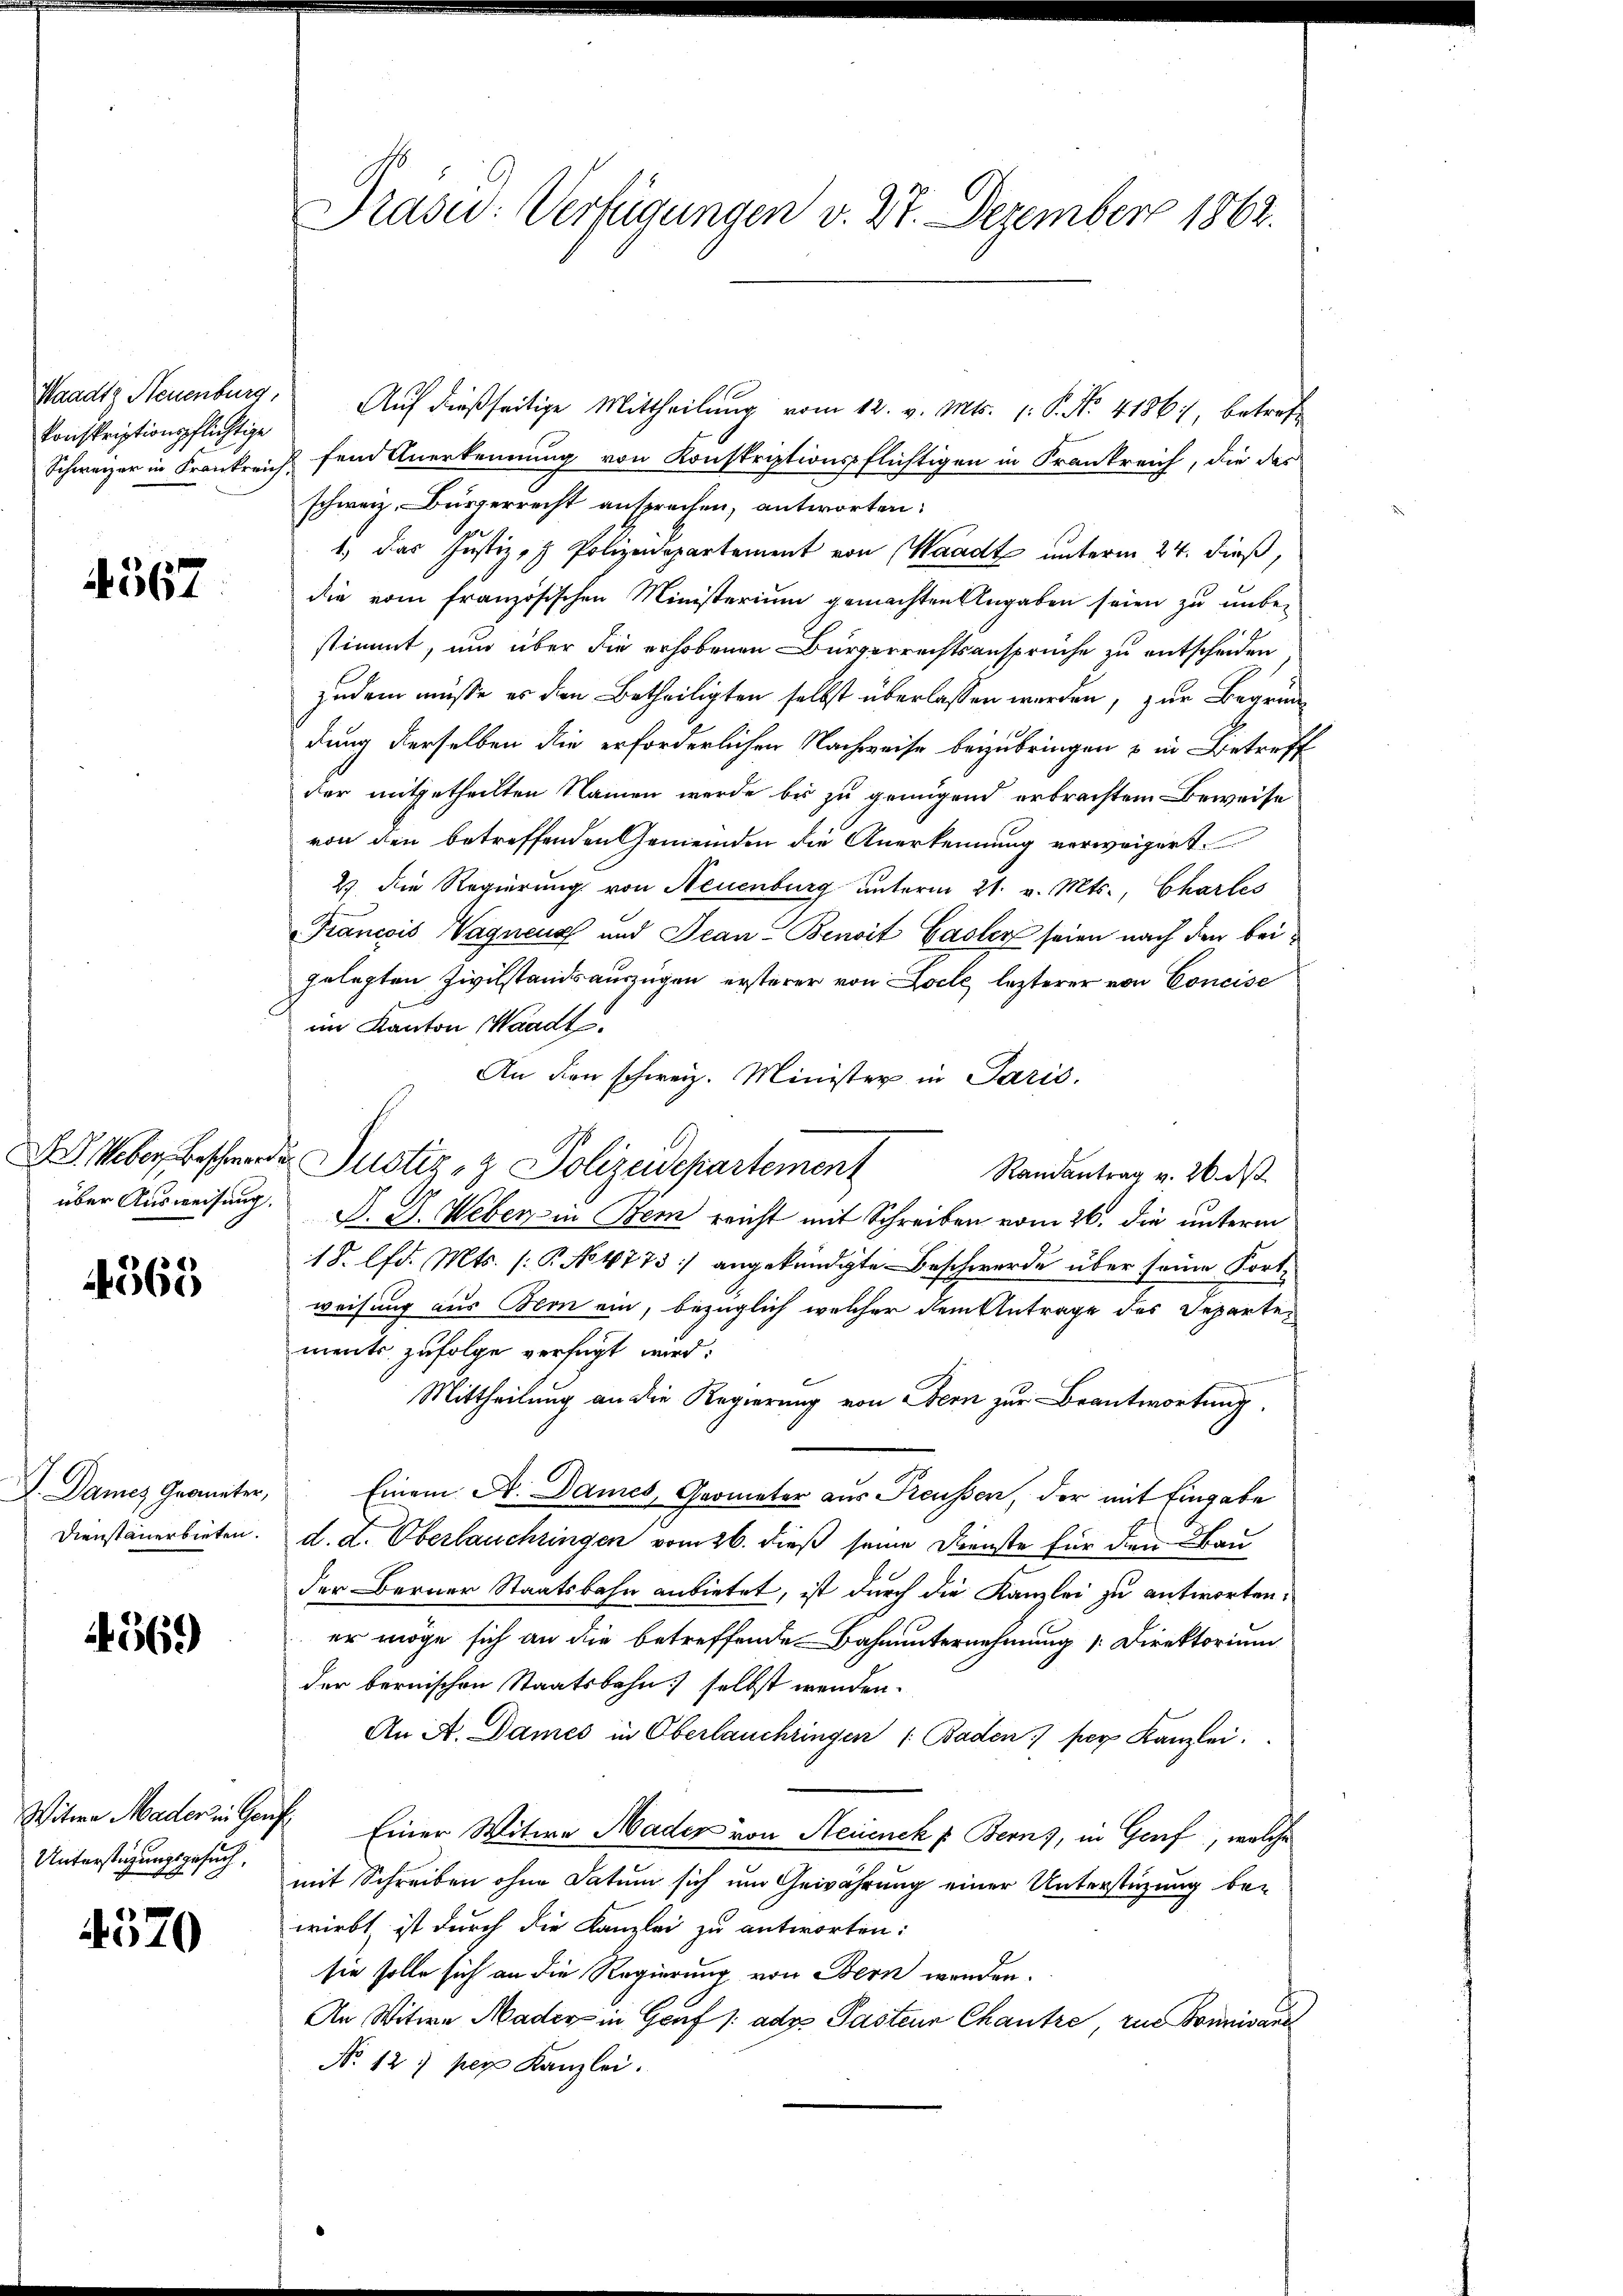
konskriptionspflichtige

4567

4368

V. Dames Graniter,

4569)

such.
Unterstigungs

4570

Waadt, Neuenburg. Aŭf dießseitige Mittheilŭng vom 12. v. Mts. 1. P. Nr. 41861, betref¬
Schweizer in Frankreich fand Anerkennung von Konskriptionspflichtigen in Frankreich, die das
schweiz. Bürgerrecht ansprechen, antworten:
1.) Das Justiz- & Polizeidepartement von Waadt unterm 24. dieß,
die vom französischen Ministerium gemachten Angaben seien zu unbestimmt, und über die erhobenen Bürgerrechtsansprüche zu entscheiden
zudem müße er den Betheiligten selbst überlassen werden, zur Begrün
dung derselben die erforderlichen Nachweise beizubringen & in Betreff
der mitgetheilten Namen werde bis zu genügend erbrachtem Beweise
von den betreffenden Gemeinden die Anerkennung verweigert.
2) die Regierung von Neuenburg unterm 21. v. Mts., Chartes
Francois Wagnenz und Jean - Benoit Gasler seien nach den beigelegten Zivilstandsauszügen ersterer von Locle, lezterer von Concise
im Kanton Waadt.
An den schweiz. Minister in Paris.
Randantrag v. 26. ds
über Ausweisung. J. J. Weber in Bern reicht mit Schreiben vom 26. die unterm
18. lfd. Mts. (: P. No 4773 angekündigte Beschwerde über seine Kort
weisung aus Bern ein, bezüglich welcher dem Antrage des Separtements zufolge verfügt wird:
Mittheilung an die Regierung von Bern zur Beantwortung.
Einem A. Dames, Grometer aus Preussen, der mit Eingabe
Dienstanerbieten. d. d. Oberlauchtingen vom 26. dieß seine Dienste für den Bau-
der Berner Staatsbahn anbietet, ist durch die Kanzlei zu antworten:
er möge sich an die betreffende Bahnunternehmung [Direktorium
der bernischen Staatsbahn selbst wenden.
An A. Dames in Oberlauchringen ( Baden) per Kanzlei.
Witwe Mader in Genf Einer Witwe Mader von Neuench p. Berns, in Genf, welche
mit Schreiben ohne Datum sich um Gewährung einer Unterstüzung bewirbt, ist durch die Kanzlei zu antworten:
sie solle sich an die Regierung von Bern werden.
An Witwe Mader in Genf /: adg. Pastenr Chautre, zu Bonnivanel
No. 12) per Kanzlei.

Prasur: Verfügungen v. 27. Dezember 1862.

Ueber beschwerden Justiz- & Polizeidepartement